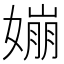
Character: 𡡈